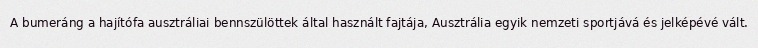
A bumeráng a hajítófa ausztráliai bennszülöttek által használt fajtája, Ausztrália egyik nemzeti sportjává és jelképévé vált.